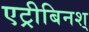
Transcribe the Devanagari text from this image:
एट्रीबिनश्